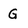
Character: G